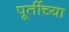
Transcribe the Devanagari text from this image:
पूर्तीच्या